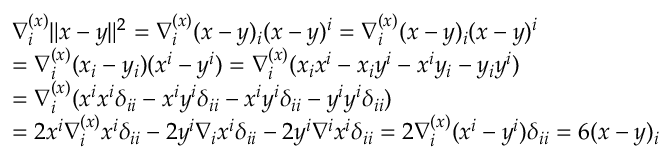
\begin{array} { r l } & { \nabla _ { i } ^ { ( x ) } \| x - y \| ^ { 2 } = \nabla _ { i } ^ { ( x ) } ( x - y ) _ { i } ( x - y ) ^ { i } = \nabla _ { i } ^ { ( x ) } ( x - y ) _ { i } ( x - y ) ^ { i } } \\ & { = \nabla _ { i } ^ { ( x ) } ( x _ { i } - y _ { i } ) ( x ^ { i } - y ^ { i } ) = \nabla _ { i } ^ { ( x ) } ( x _ { i } x ^ { i } - x _ { i } y ^ { i } - x ^ { i } y _ { i } - y _ { i } y ^ { i } ) } \\ & { = \nabla _ { i } ^ { ( x ) } ( x ^ { i } x ^ { i } \delta _ { i i } - x ^ { i } y ^ { i } \delta _ { i i } - x ^ { i } y ^ { i } \delta _ { i i } - y ^ { i } y ^ { i } \delta _ { i i } ) } \\ & { = 2 x ^ { i } \nabla _ { i } ^ { ( x ) } x ^ { i } \delta _ { i i } - 2 y ^ { i } \nabla _ { i } x ^ { i } \delta _ { i i } - 2 y ^ { i } \nabla ^ { i } x ^ { i } \delta _ { i i } = 2 \nabla _ { i } ^ { ( x ) } ( x ^ { i } - y ^ { i } ) \delta _ { i i } = 6 ( x - y ) _ { i } } \end{array}